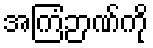
အကြံဉာဏ်ကို